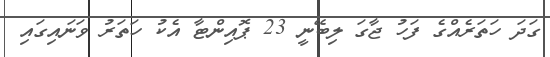
ގަދަ ހަތަރެއްގެ ފަހު ޖާގަ ލިބޭނީ 23 ޕޮއިންޓާ އެކު ހަތަރު ވަނައިގައި